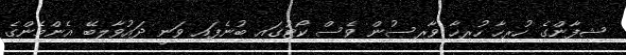
ޝިފާންގެ ހުރިހާ ހުރިހާ ވާރިސުން ވެސް ކޯޓުގައި ބުނެފައި ވަނީ ދައުވާލިބޭ އެންމެންގެ